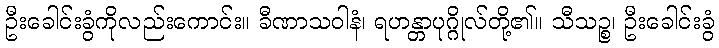
ဦးခေါင်းခွံကိုလည်းကောင်း။ ခီဏာသဝါနံ၊ ရဟန္တာပုဂ္ဂိုလ်တို့၏။ သီသဉ္စ၊ ဦးခေါင်းခွံ